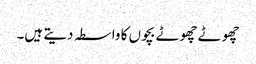
چھوٹے چھوٹے بچوں کا واسطہ دیتے ہیں۔